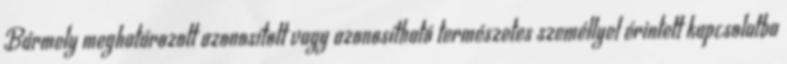
Bármely meghatározott azonosított vagy azonosítható természetes személlyel érintett kapcsolatba